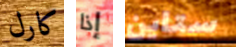
كارل إذا ستاين